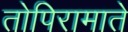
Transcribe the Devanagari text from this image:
तोपिरामाते